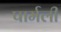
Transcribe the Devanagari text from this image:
पार्मली